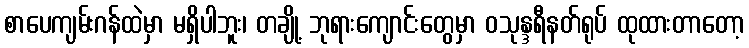
စာပေကျမ်းဂန်ထဲမှာ မရှိပါဘူး၊ တချို့ ဘုရားကျောင်းတွေမှာ ဝသုန္ဒရီနတ်ရုပ် ထုထားတာတော့